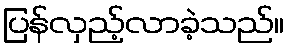
ပြန်လှည့်လာခဲ့သည်။